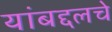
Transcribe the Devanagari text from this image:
यांबद्दलचे